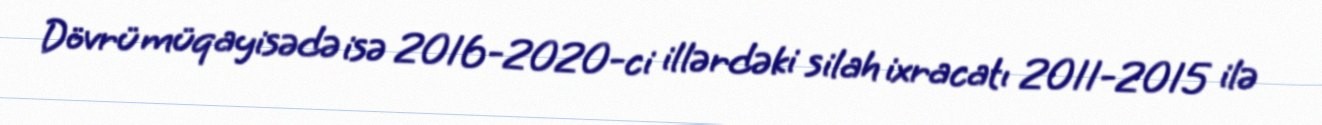
Dövrü müqayisədə isə 2016-2020-ci illərdəki silah ixracatı 2011-2015 ilə